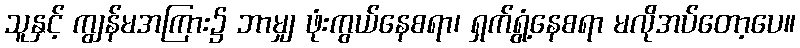
သူနှင့် ကျွန်မအကြား၌ ဘာမျှ ဖုံးကွယ်နေစရာ၊ ရှက်ရွံ့နေစရာ မလိုအပ်တော့ပေ။